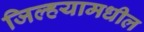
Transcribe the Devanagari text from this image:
जिल्हयामधील